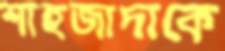
শাহজাদাকে